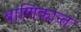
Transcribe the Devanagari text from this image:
बाणिकान्त